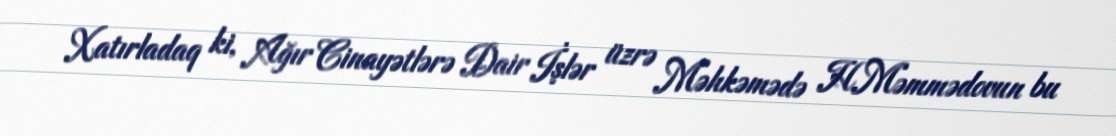
Xatırladaq ki, Ağır Cinayətlərə Dair İşlər üzrə Məhkəmədə H.Məmmədovun bu